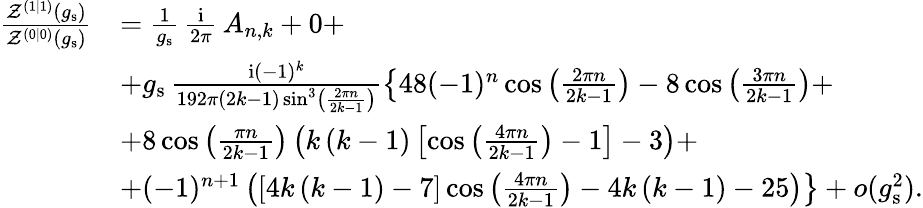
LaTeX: \begin{array}{rl}{\frac{\mathcal{Z}^{(1|1)}(g_{\mathrm{s}})}{\mathcal{Z}^{(0|0)}(g_{\mathrm{s}})}}&{=\frac{1}{g_{\mathrm{s}}}\, \frac{{\mathrm{i}}}{2\pi}\, A_{n,k}+0+}\\ &{+g_{\mathrm{s}}\, \frac{{\mathrm{i}}(-1)^{k}}{192\pi\left(2k-1\right)\sin^{3}\left(\frac{2\pi n}{2k-1}\right)}\left\{ 48(-1)^{n}\cos\left(\frac{2\pi n}{2k-1}\right)-8\cos\left(\frac{3\pi n}{2k-1}\right)+\right.}\\ &{+8\cos\left(\frac{\pi n}{2k-1}\right)\left(k\left(k-1\right)\left[\cos\left(\frac{4\pi n}{2k-1}\right)-1\right]-3\right)+}\\ &{\left.+(-1)^{n+1}\left(\left[4k\left(k-1\right)-7\right]\cos\left(\frac{4\pi n}{2k-1}\right)-4k\left(k-1\right)-25\right)\right\} +o(g_{\mathrm{s}}^{2}).}\end{array}